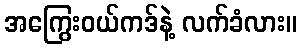
အကြွေးဝယ်ကဒ်နဲ့ လက်ခံလား။